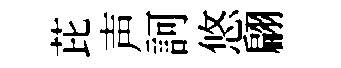
芘声訶悠翩